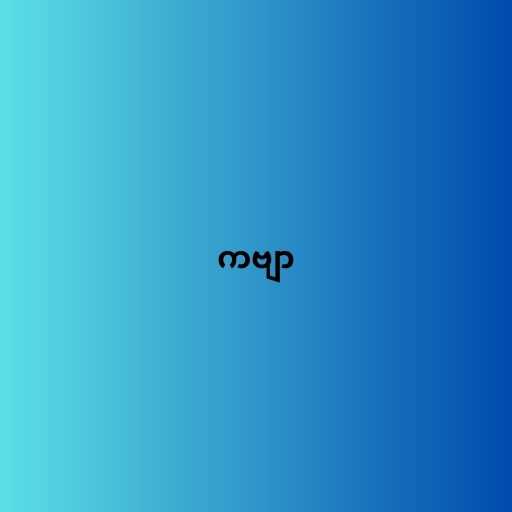
ကဗျာ